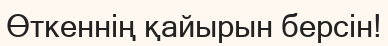
Өткеннің қайырын берсін!